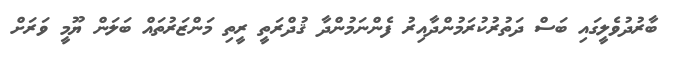
ބާރުދުވެލީގައި ބަސް ދަތުރުކުރަމުންދާއިރު ފެންނަމުންދާ ޤުދްރަތީ ރީތި މަންޒަރުތައް ބަލަން ޔޫމީ ވަރަށް